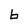
Character: 6